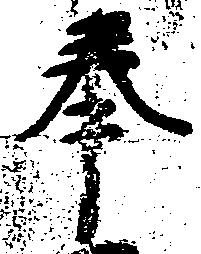
奉